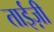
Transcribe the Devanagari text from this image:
ताईज़ी